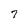
Character: 7